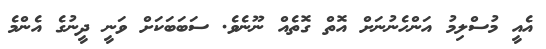
އެއީ މުސްލިމު އަންހެނުނަށް އޮތް ގޮތެއް ނޫނެވެ. ސަބަބަކަށް ވަނީ ދީނުގެ އެންމެ